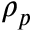
\rho _ { p }